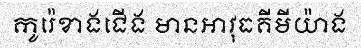
កូរ៉េខាងជើង មានអាវុធគីមីយ៉ាង